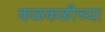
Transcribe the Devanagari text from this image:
कळकळीच्या